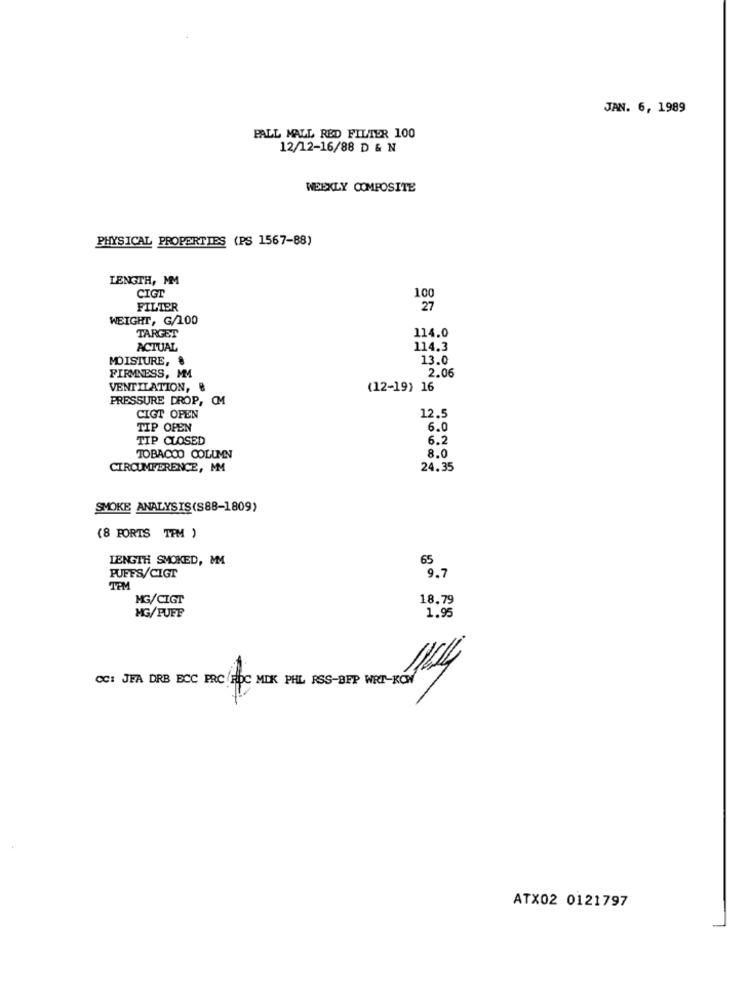
JAN. 6, 1989
PALL MALL RED FILTER 100
12/12-16/88 D & N
WEEKLY COMPOSITE
PHYSICAL PROPERTIES (PS 1567-88)
LENGTH, MM
CIGT
100
FILTER
27
WEIGHT, G/100
TARGET
114.0
ACTUAL
114.3
13.0
MOISTURE, $
2.06
FIRMNESS, MM
VENTILATION, &
(12-19) 16
PRESSURE DROP, OM
CIGT OPEN
12.5
TIP OPEN
6.0
TIP CLOSED
6.2
8.0
TOBACCO COLUMN
CIRCUMFERENCE, MM
24.35
SMOKE ANALYSIS(S88-1809)
(8 PORTS TPM )
LENGTH SMOKED, MM
65
PUFFS/CIGT
9.7
TPM
MG/CIGT
18.79
MG/PUFF
1.95
CC: JFA DRB ECC PRC RDC MIK PHL RSS-BFP WRT-ROW
14
ATX02 0121797